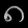
Digit: ၈